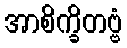
အာစိက္ခိတဗ္ဗံ